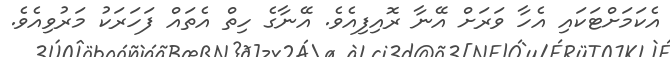
އެކަމަށްޓަކައި އެހާ ވަރަށް އޭނާ ރޮއިފިއެވެ. އޭނާގެ ހިތް އެތައް ފަހަރަކު މަރުވިއެވެ.